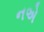
નએ